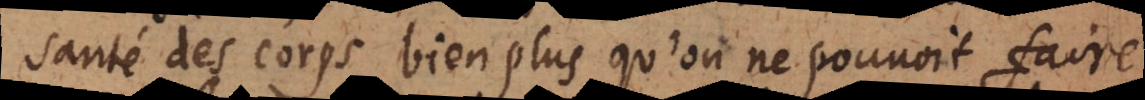
santé des corps bien plus qu’on ne pouvoit faire